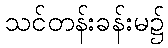
သင်တန်းခန်းမ၌